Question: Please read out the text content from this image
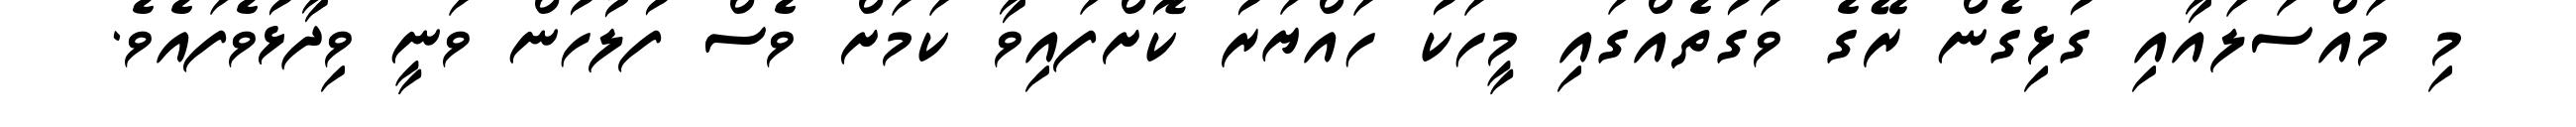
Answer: މި މައްސަލައާއި ގުޅިގެން ރޭގެ ވަގުތެއްގައި މީހަކު ހައްޔަރު ކޮށްފައިވާ ކަމަށް ވެސް ފުލުހުން ވަނީ ވިދާޅުވެފައެވެ.